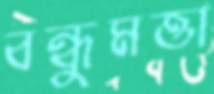
বন্ধুমত্তা